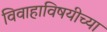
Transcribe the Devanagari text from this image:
विवाहाविषयीच्या